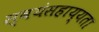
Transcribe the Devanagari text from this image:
स्वयंसहाय्यता